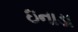
ઇનાડા